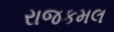
રાજકમલ